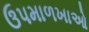
ઉપમાળખાઓ